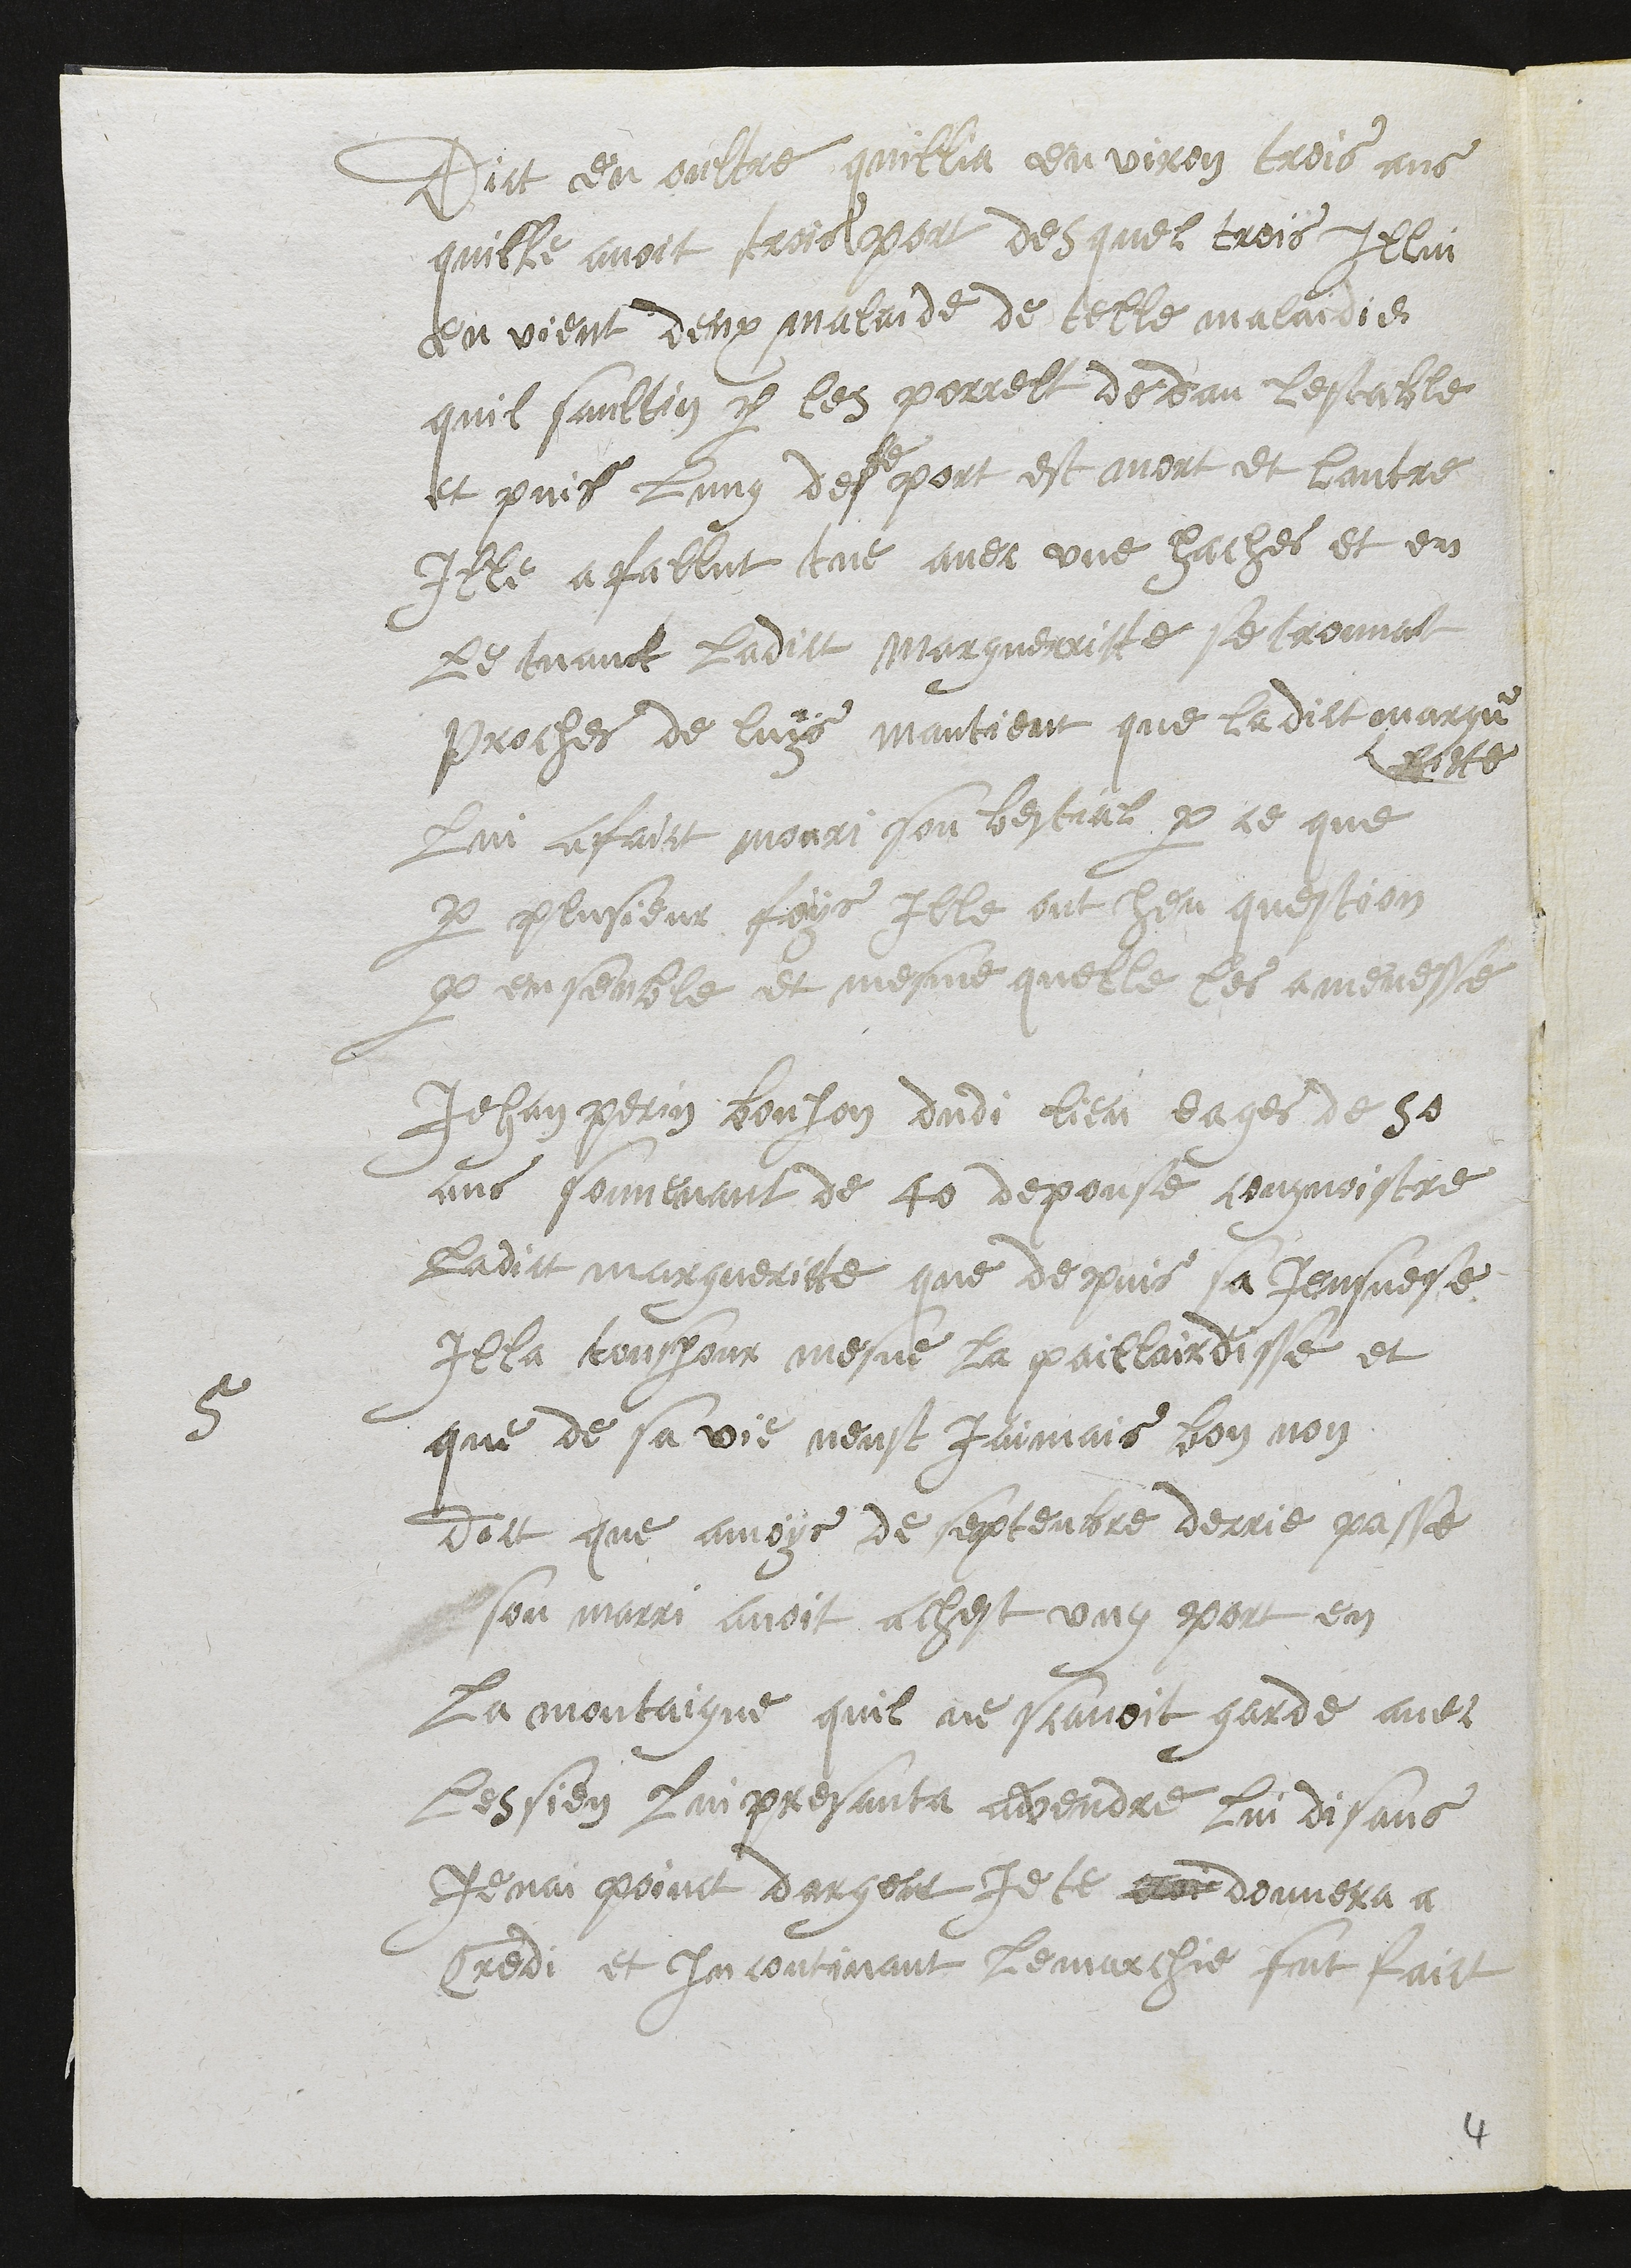
Dict en oultre quillia environ trois ans
quille avoit trois port desquel trois Illui
en vient deux malaide de telle malaidie
quil saultin par les porrelt dedan lestable
et puis lung des port est mort et lautre
Ille a fallut tue avec une haches et en
le tuant ladict Margueritte se trouvat
proches de luys mantient que ladict margue
ritte
lui a faict mouri son bestial par ce que
par plusieur foys Ille ont heu question
par ensemble et mesme quelle les a menesse
5
Jehan perin Bonjon dudi lieu eages de 50
ans souvenant de 40 depouse cougnoistre
ladict margueritte que depuis sa Jeusnese
Illa tousjour mesne la paillairdisse et
que de sa vie neust jamais bon non
Dict que a moys de septenbre derrie passe
son marri avoit achest ung port en
La montaigne quil ne scavoit garde avec
les sien lui presanta avendre lui disans
Je nai point dargent je te donnera a
Credi et incontinant le marchie fut faict

4